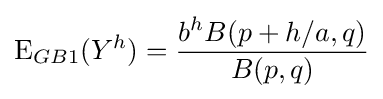
\operatorname {E} _{GB1}(Y^{h})={\frac {b^{h}B(p+h/a,q)}{B(p,q)}}